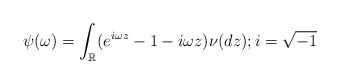
LaTeX: \begin{align*} \psi(\omega)=\int_{\mathbb{R}}(e^{i\omega z}-1-i\omega z)\nu(dz); i=\sqrt{-1}\end{align*}